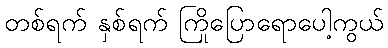
တစ်ရက် နှစ်ရက် ကြိုပြောရောပေါ့ကွယ်